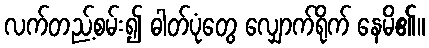
လက်တည့်စမ်း၍ ဓါတ်ပုံတွေ လျှောက်ရိုက် နေမိ၏။